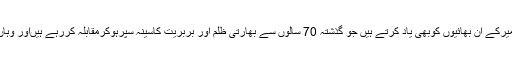
اس پارکشمیری عوام مقبوضہ کشمیرکے ان بھائیوں کوبھی یاد کرتے ہیں جو گذشتہ 70 سالوں سے بھارتی ظلم اور بربریت کاسینہ سپرہوکرمقابلہ کررہے ہیںاور وہاں تفریح کی کوئی سہولت نہیں ہے۔